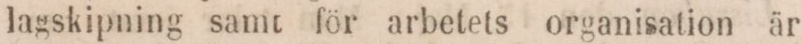
lagskipning samt för arbetets organisation är